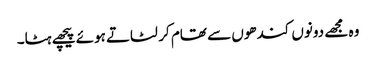
وہ مجھے دونوں کندھوں سے تھام کر لٹاتے ہوئے پیچھے ہٹا۔